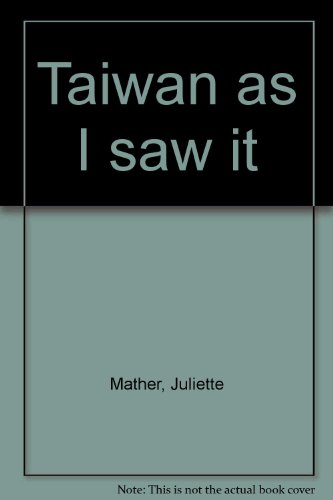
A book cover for Taiwan as I saw it; Juliette Mather; Travel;